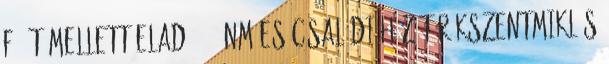
Fő út mellett Eladó 158 nm-es Családi ház Törökszentmiklós